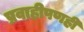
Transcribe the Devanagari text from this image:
प्रवाहीपणही